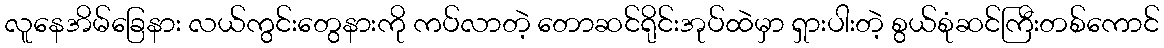
လူနေအိမ်ခြေနား လယ်ကွင်းတွေနားကို ကပ်လာတဲ့ တောဆင်ရိုင်းအုပ်ထဲမှာ ရှားပါးတဲ့ စွယ်စုံဆင်ကြီးတစ်ကောင်